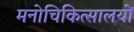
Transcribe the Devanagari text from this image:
मनोचिकित्सालयों